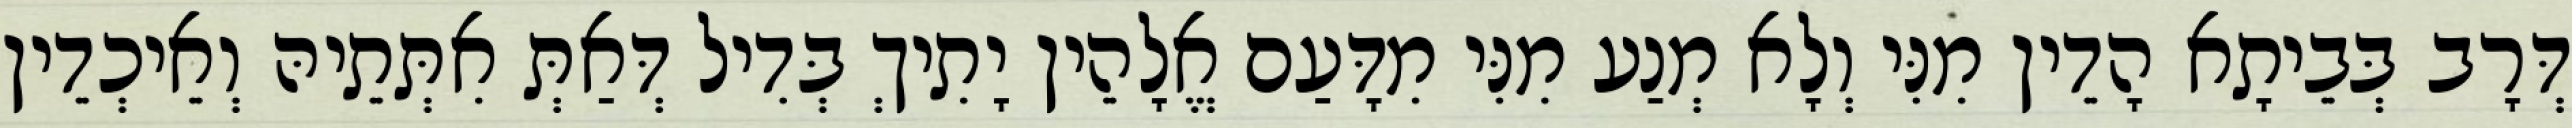
דְּרָב בְּבֵיתָא הָדֵין מִנִּי וְלָא מְנַע מִנִּי מִדָּעַם אֱלָהֵין יָתִיךְ בְּדִיל דְּאַתְּ אִתְּתֵיהּ וְאֵיכְדֵין